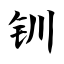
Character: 钏